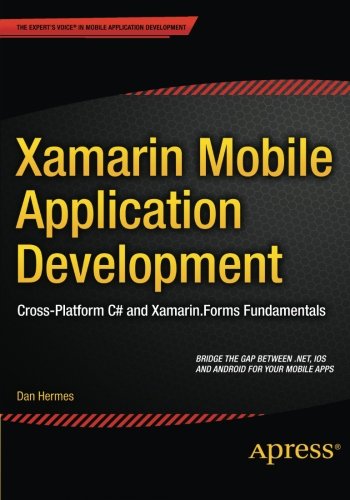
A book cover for Xamarin Mobile Application Development: Cross-Platform C# and Xamarin.Forms Fundamentals; Daniel Hermes; Computers & Technology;